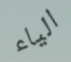
الياء